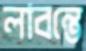
লাবন্তে